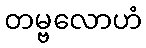
တမ္ဗလောဟံ